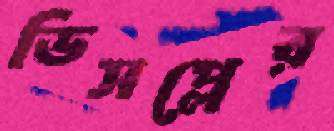
ডিসপ্লের